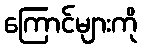
ကြောင်များကို